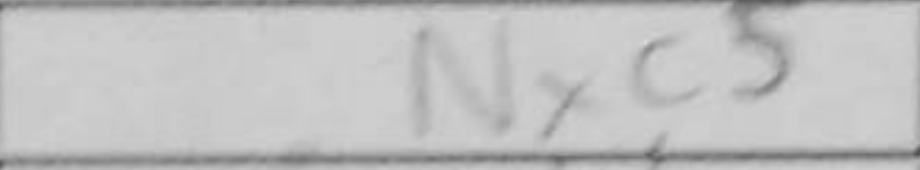
Transcription: Nxc5